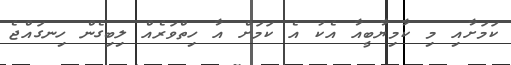
ކަމަށާއި މި ކާމިޔާބީއާ އެކު އެ ކަމަށް އާ ހިތްވަރެއް ލިބިގެން ހިނގައްޖެ